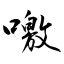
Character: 噭